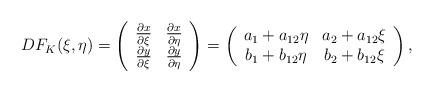
LaTeX: \begin{align*}DF_K(\xi,\eta) = \left(\begin{array}{cc}\frac{\partial x}{\partial\xi} & \frac{\partial x}{\partial\eta} \\\frac{\partial y}{\partial\xi} & \frac{\partial y}{\partial\eta}\end{array}\right) = \left(\begin{array}{cc}a_1+a_{12}\eta & a_2+a_{12}\xi \\b_1+b_{12}\eta & b_2+b_{12}\xi\end{array}\right),\end{align*}